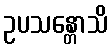
ဥပသန္တောသိ